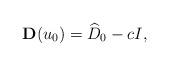
LaTeX: \begin{align*}{\bf D}(u_{0}) = \widehat{D}_{0} - cI,\end{align*}